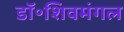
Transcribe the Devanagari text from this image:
डॉ॰शिवमंगल